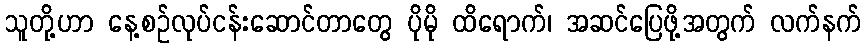
သူတို့ဟာ နေ့စဉ်လုပ်ငန်းဆောင်တာတွေ ပိုမို ထိရောက်၊ အဆင်ပြေဖို့အတွက် လက်နက်